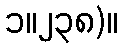
၁။၂၃၈)။